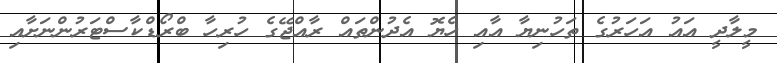
މީލާދީ އައު އަހަރުގެ ތަހުނިޔާ އާއި ހެޔޮ އެދުންތައް ރާއްޖޭގެ ހުރިހާ ބްރޯޑްކާސްޓަރުންނަށާއި